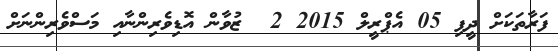
ފަރާތަކަށް ދީފި 05 އެޕްރީލް 2015 2  ޒުވާން އޮޑިވެރިންނާއި މަސްވެރިންނަށް